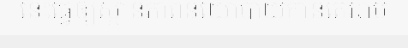
នេះធ្វើឲ្យស្ថានភាពនយោបាយកាន់តែអាប់